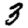
Digit: 3